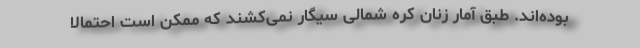
بوده‌اند. طبق آمار زنان کره شمالی سیگار نمی‌کشند که ممکن است احتمالا